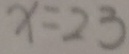
x = 2 3